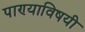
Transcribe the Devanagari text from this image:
पाण्याविषयी